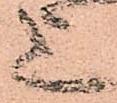
上